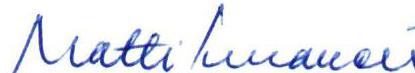
Matti Ilmanen